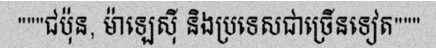
"""ជប៉ុន, ម៉ាឡេស៊ី និងប្រទេសជាច្រើនទៀត"""